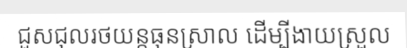
ជួសជុលរថយន្តធុនស្រាល ដើម្បីងាយស្រួល